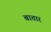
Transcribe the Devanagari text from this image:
बातार